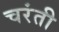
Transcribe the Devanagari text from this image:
चरंती